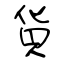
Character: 貨